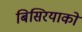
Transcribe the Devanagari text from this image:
बिसिरयाको